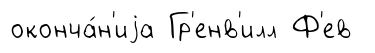
оконча́н'иjа Гр'енв'илл Ф'ев